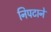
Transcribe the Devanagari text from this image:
निपटाने